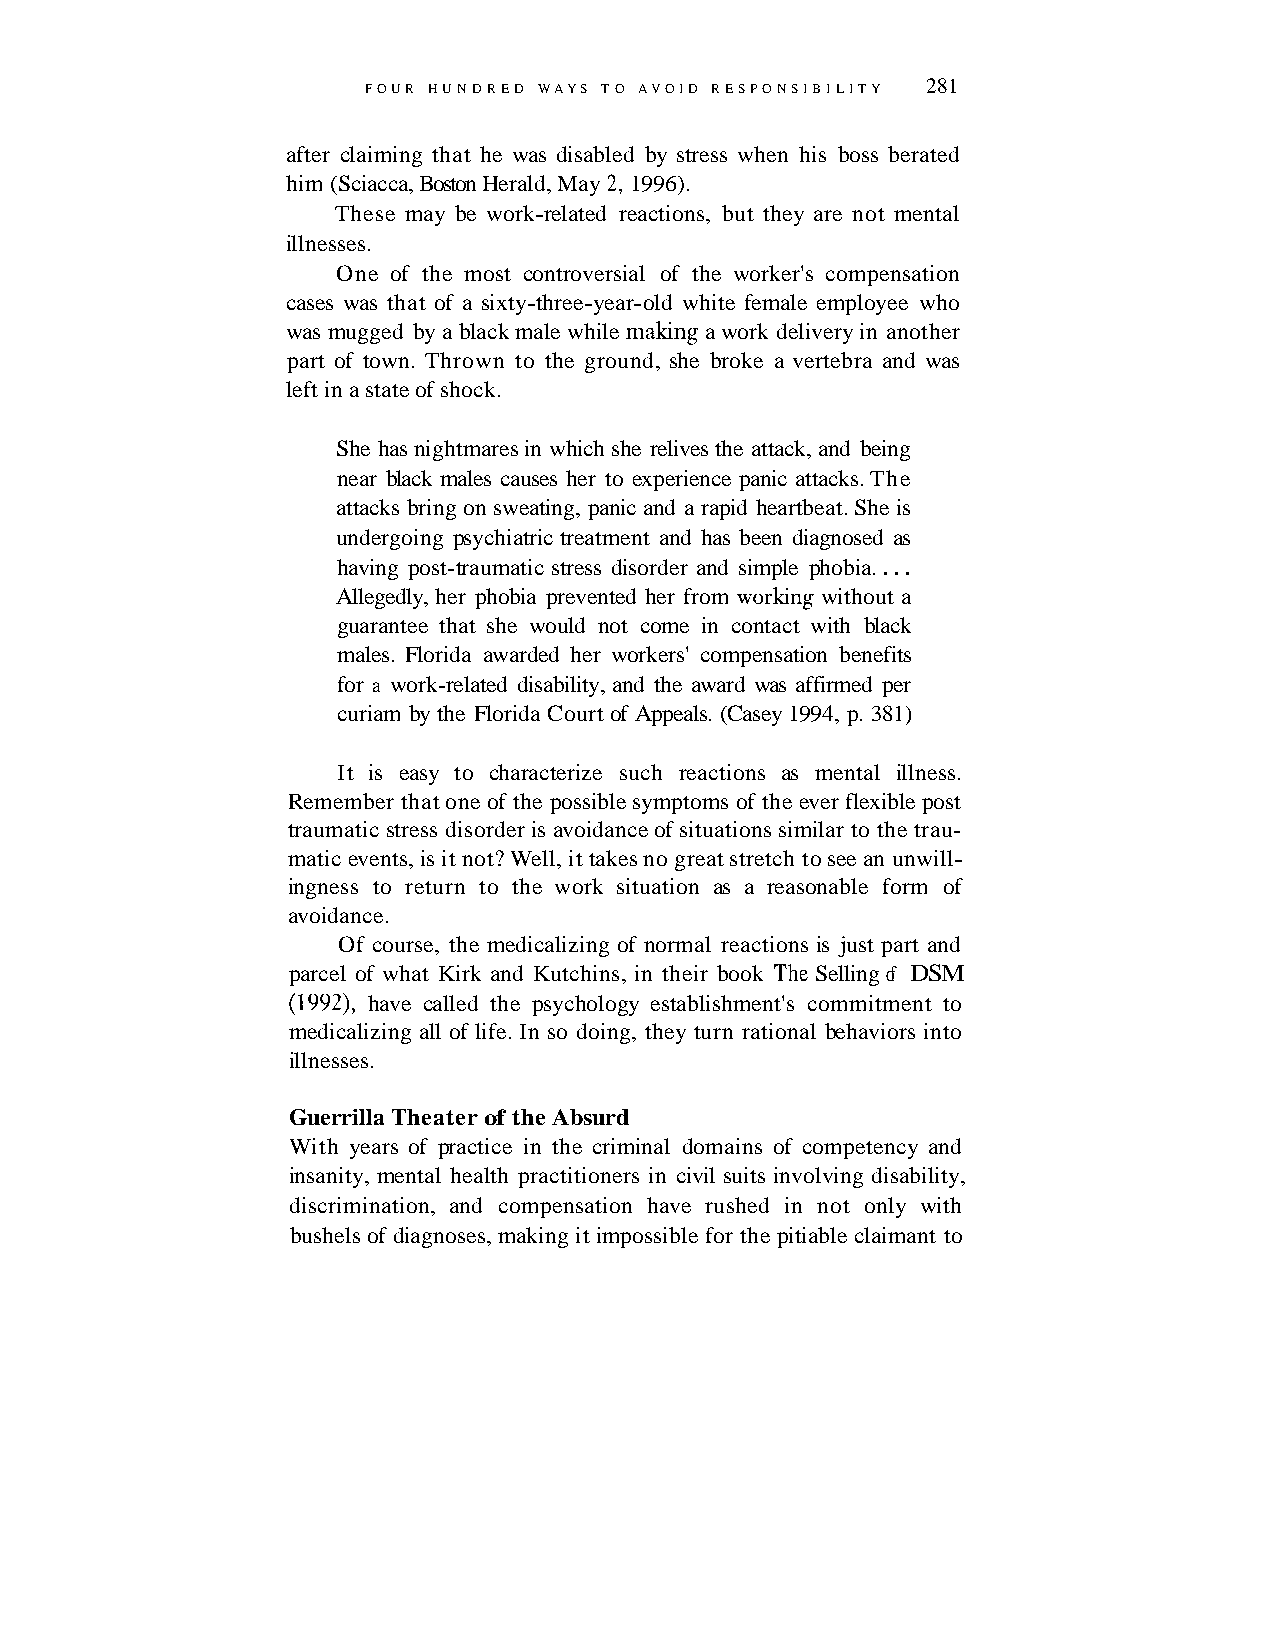
281
 FOUR HUNDRED WAYS TO AVOID RESPONSIBILITY
 after claiming that he was disabled by stress when his boss berated
 him (Sciacca, Boston Herald, May 2, 1996).
 These may be work-related reactions, but they are not mental
 illnesses.
 One of the most controversial of the worker's compensation
 cases was that of a sixty-three-year-old white female employee who
 was mugged by a black male while malung a work delivery in another
 part of town. Thrown to the ground, she broke a vertebra and was
 left in a state of shock.
 She has nightmares in which she relives the attack, and being
 near black males causes her to experience panic attacks. The
 attacks bring on sweating, panic and a rapid heartbeat. She is
 undergoing psychiatric treatment and has been diagnosed as
 having post-traumatic stress disorder and simple phobia. . . .
 Allegedly, her phobia prevented her from worhng without a
 guarantee that she would not come in contact with black
 males. Florida awarded her workers' compensation benefits
 for a work-related disability, and the award was affirmed per
 curiam by the Florida Court of Appeals. (Casey 1994, p. 381)
 It is easy to characterize such reactions as mental illness.
 Remember that one of the possible symptoms of the ever flexible post
 traumatic stress disorder is avoidance of situations similar to the trau-
 matic events, is it not? Well, it takes no great stretch to see an unwill-
 ingness to return to the work situation as a reasonable form of
 avoidance.
 Of course, the medicalizing of normal reactions is just part and
 parcel of what Kirk and Kutchins, in their book The Selling of DSM
 (1992), have called the psychology establishment's commitment to
 medicalizing all of life. In so doing, they turn rational behaviors into
 illnesses.
 Guerrilla Theater of the Absurd
 With years of practice in the criminal domains of competency and
 insanity, mental health practitioners in civil suits involving disability,
 discrimination, and compensation have rushed in not only with
 bushels of diagnoses, making it impossible for the pitiable claimant to